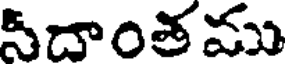
సీదాంతము